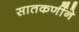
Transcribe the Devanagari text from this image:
सातकर्णीने